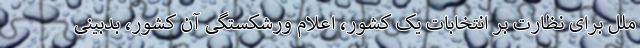
ملل برای نظارت بر انتخابات یک کشور، اعلام ورشکستگی آن کشور، بدبینی